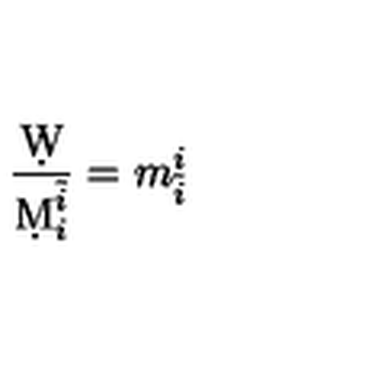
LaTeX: { \frac { \d W } { \d M _ { i } ^ { \tilde { i } } } } = m _ { \tilde { i } } ^ { i }